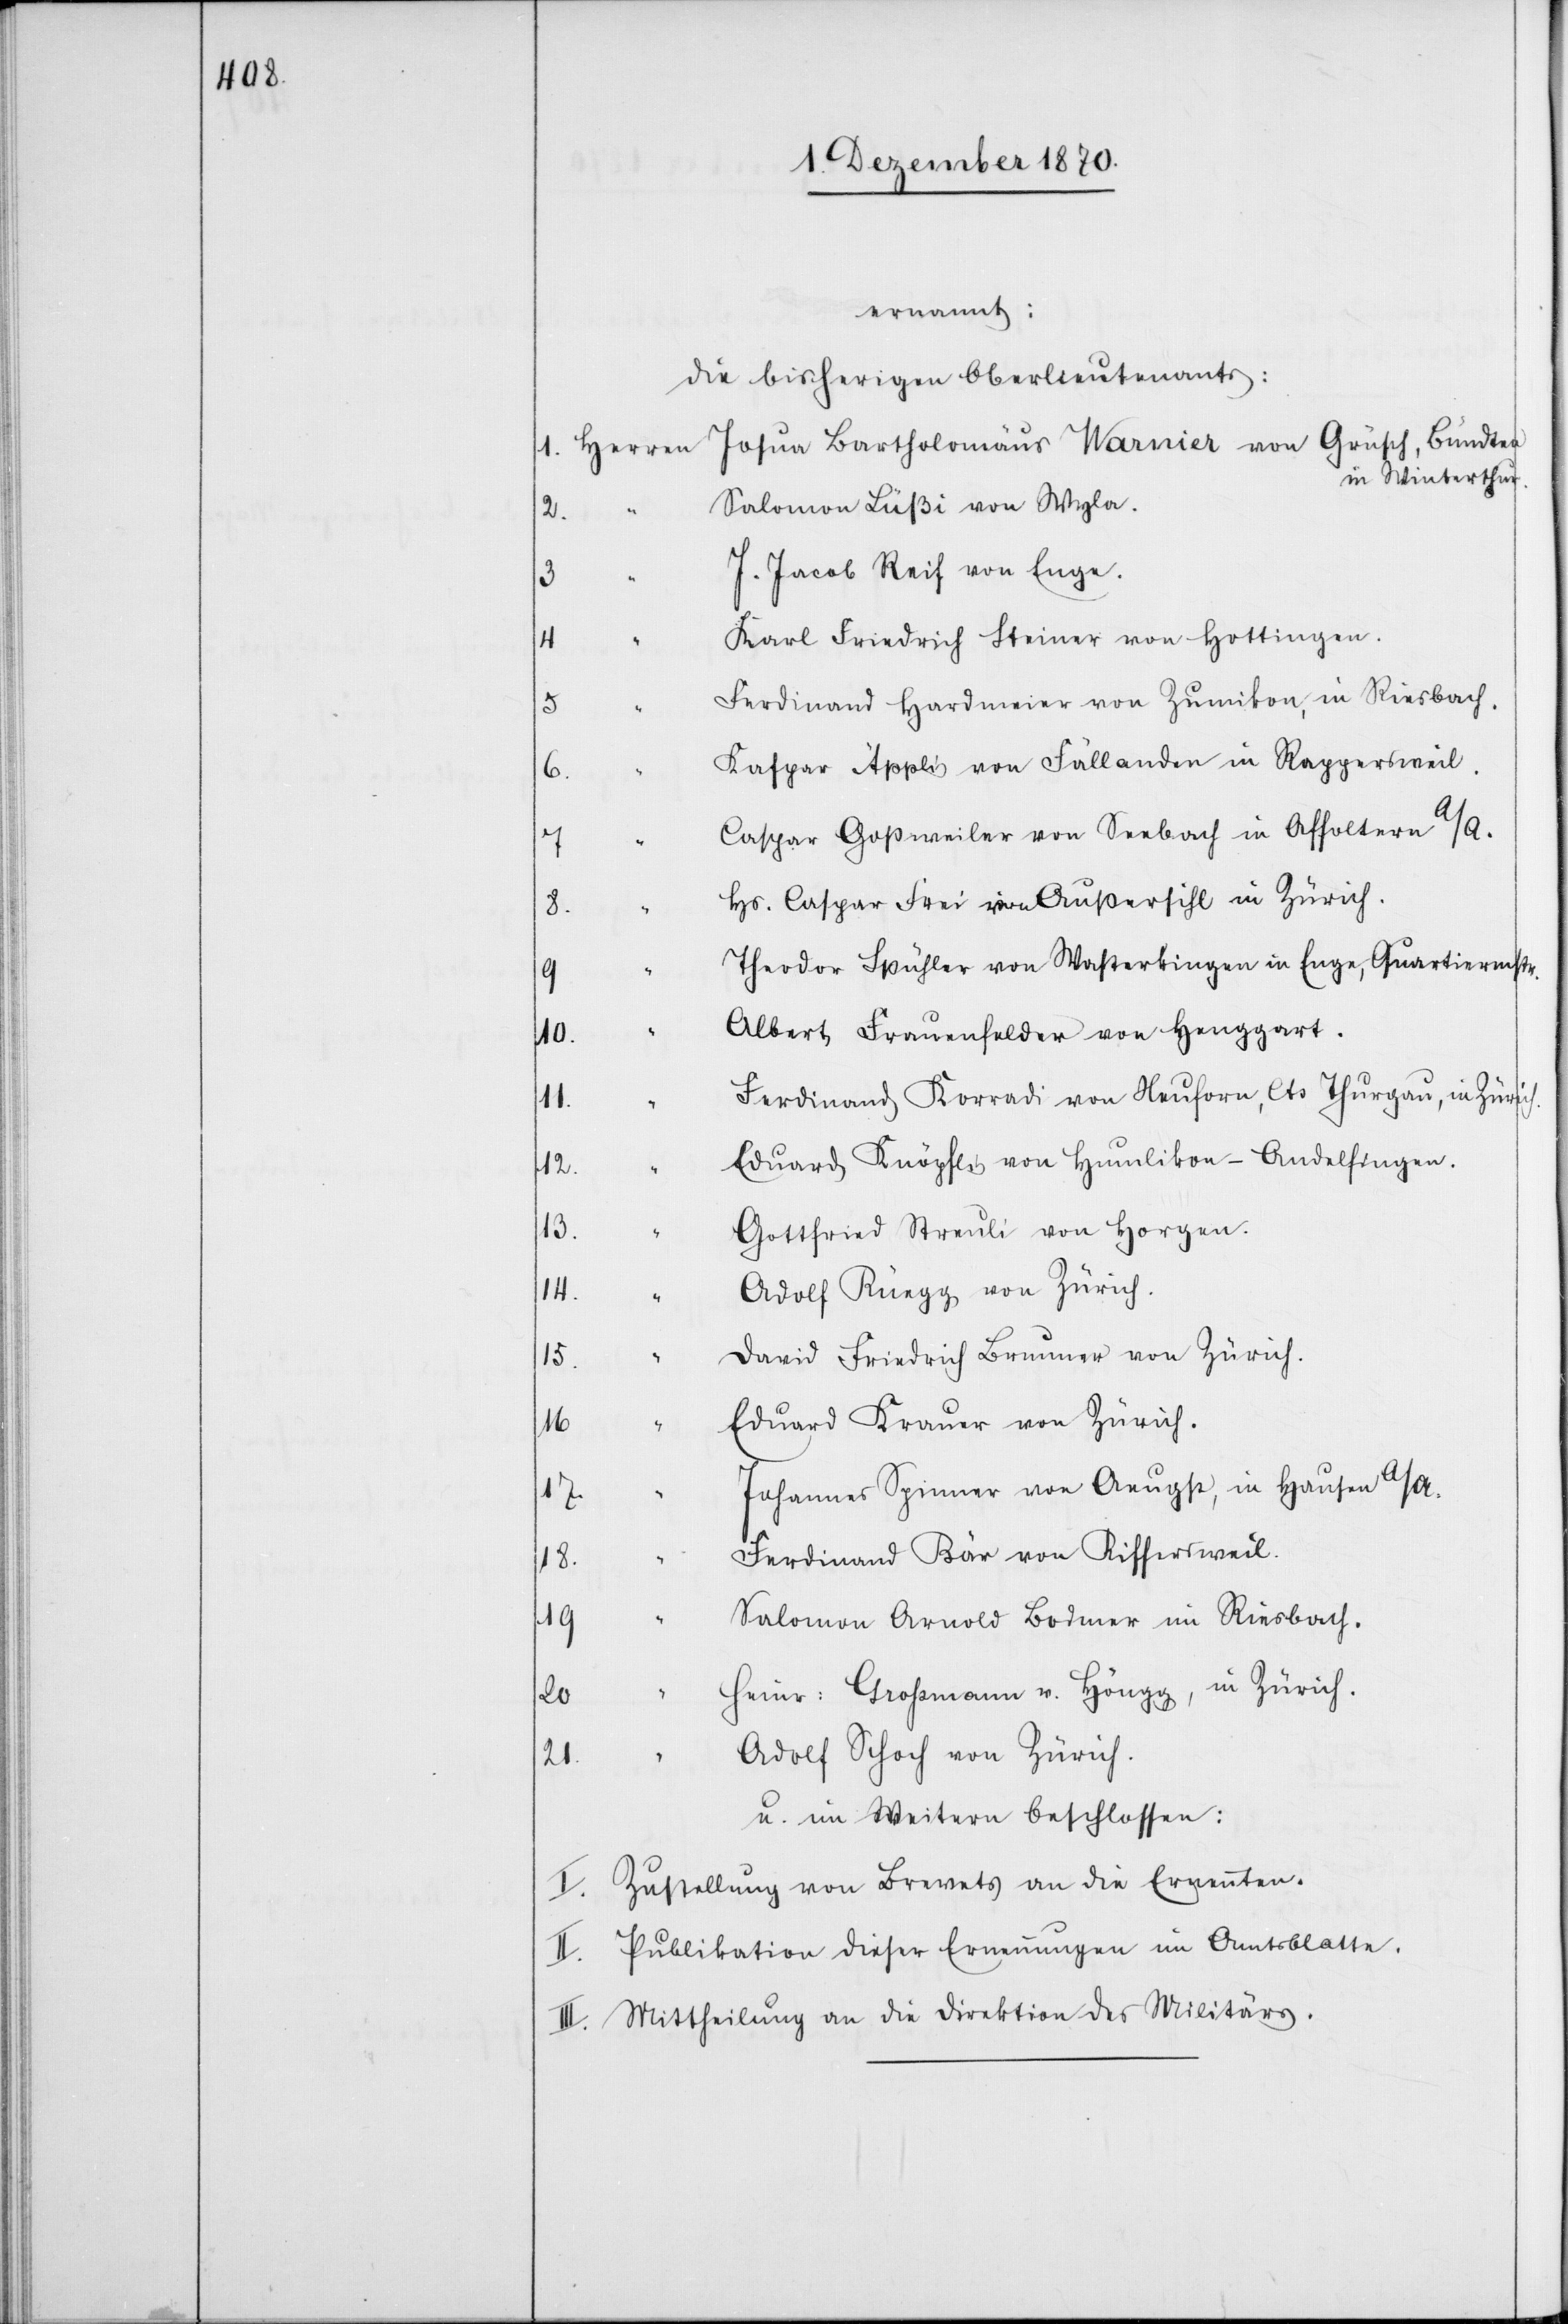
ernannt:
Die bisherigen Oberlieutenants:
in Winterthur.
Salomon Lüßi von Wyla.
3.
J. Jacob Reif von Enge.
5.
Karl Friedrich Steiner von Hottingen.
4.
Ferdinand Hardmeier von Zumikon, in Riesbach.
6.
Kaspar Äppli von Fällanden in Rappersweil.
Caspar Goßweiler von Seebach in Affoltern A/A.
“
Hs. Caspar Frei von Außersihl in Zürich.
9.
Theodor Spühler von Wasterkingen in Enge, Quartiermstr.
Albert Frauenfelder von Henggart.
10.
Ferdinand Korradi von Neu[n]forn, Cts Thurgau, in Zürich
12.
Eduard Knöpfli von Humlikon - Andelfingen.
13.
Gottfried Streuli von Horgen.
Adolf Rüegg von Zürich.
14.
David Friedrich Brunner von Zürich
16.
Eduard Krauer von Zürich.
Johannes Spinner von Aeugst, in Hausen A/A.
17.
Ferdinand Bär von Riffersweil.
18.
19.
Salomon Arnold Bodmer in Riesbach.
Heinr: Großmann v. Höngg, in Zürich.
20.
Adolf Schoch von Zürich.
21.
u. im Weitern beschlossen:
I. Zustellung von Brevets an die Ernannten.
II. Publikation dieser Ernennungen im Amtsblatte.
III. Mittheilung an die Direktion des Militärs.